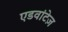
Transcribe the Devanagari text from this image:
एडवांटेज़